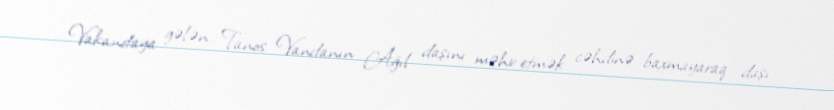
Vakandaya gələn Tanos Vandanın Ağıl daşını məhv etmək cəhdinə baxmayaraq daşı